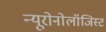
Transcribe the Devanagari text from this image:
न्यूरोनोलॉजिस्ट